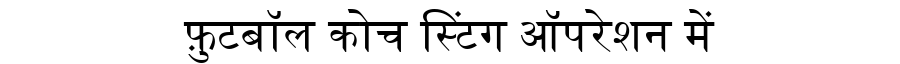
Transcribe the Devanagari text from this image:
फ़ुटबॉल कोच स्टिंग ऑपरेशन में